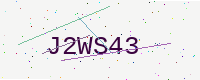
Text: J2WS43